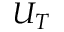
U _ { T }